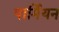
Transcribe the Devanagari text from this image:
पार्मियन